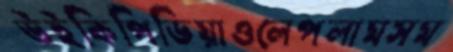
উইকিপিডিয়াওলেপলামসম